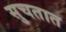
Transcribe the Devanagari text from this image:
सुचतात